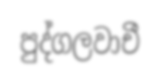
පුද්ගලවාචී